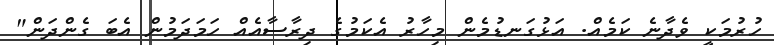
ހުރުމަކީ ވެދާނެ ކަމެއް. އަޅުގަނޑުމެން މިހާރު އެކަމުގެ ދިރާސާއެއް ހަމަދަމުން އެބަ ގެންދަން"